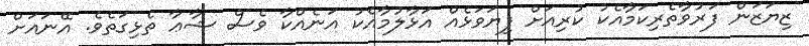
ޒިޔަޒަން ފަރުވާތެރިކަމާއެކު ކުރިއަށް ފިޔަވަޅެއް އަޅާލުމާއެކު އަނެއްކާ ވެސް ޝާޢާ ތެޅިގަތެވެ. އޭނައަށް